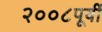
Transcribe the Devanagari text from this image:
२००८पूर्वी